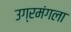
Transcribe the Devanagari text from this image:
उग्रमंगला